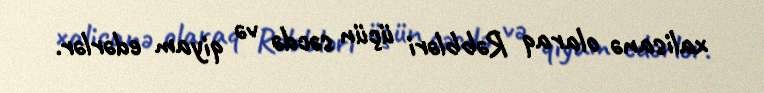
xalisanə olaraq Rəbbləri üçün səcdə və qiyam edərlər.